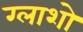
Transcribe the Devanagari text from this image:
ग्लाशो